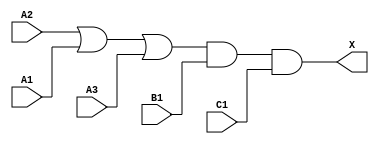
/*
 * Copyright 2020 The SkyWater PDK Authors
 *
 * Licensed under the Apache License, Version 2.0 (the "License");
 * you may not use this file except in compliance with the License.
 * You may obtain a copy of the License at
 *
 *     https://www.apache.org/licenses/LICENSE-2.0
 *
 * Unless required by applicable law or agreed to in writing, software
 * distributed under the License is distributed on an "AS IS" BASIS,
 * WITHOUT WARRANTIES OR CONDITIONS OF ANY KIND, either express or implied.
 * See the License for the specific language governing permissions and
 * limitations under the License.
 *
 * SPDX-License-Identifier: Apache-2.0
*/


`ifndef SKY130_FD_SC_LS__O311A_BEHAVIORAL_V
`define SKY130_FD_SC_LS__O311A_BEHAVIORAL_V

/**
 * o311a: 3-input OR into 3-input AND.
 *
 *        X = ((A1 | A2 | A3) & B1 & C1)
 *
 * Verilog simulation functional model.
 */

`timescale 1ns / 1ps
`default_nettype none

`celldefine
module sky130_fd_sc_ls__o311a (
    X ,
    A1,
    A2,
    A3,
    B1,
    C1
);

    // Module ports
    output X ;
    input  A1;
    input  A2;
    input  A3;
    input  B1;
    input  C1;

    // Module supplies
    supply1 VPWR;
    supply0 VGND;
    supply1 VPB ;
    supply0 VNB ;

    // Local signals
    wire or0_out   ;
    wire and0_out_X;

    //  Name  Output      Other arguments
    or  or0  (or0_out   , A2, A1, A3     );
    and and0 (and0_out_X, or0_out, B1, C1);
    buf buf0 (X         , and0_out_X     );

endmodule
`endcelldefine

`default_nettype wire
`endif  // SKY130_FD_SC_LS__O311A_BEHAVIORAL_V